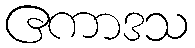
ဧကာဒသ